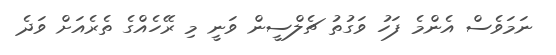
ނަމަވެސް އެންމެ ފަހު ވަގުތު ޗެލްސީން ވަނީ މި ރޭހެއްގެ ތެރެއަށް ވަދެ